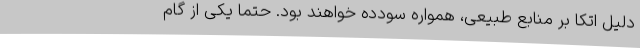
دلیل اتکا بر منابع طبیعی، همواره سودده خواهند بود. حتما یکی از گام